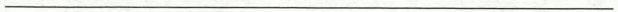
___